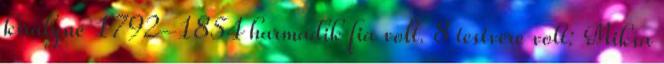
királyné 1792–1854 harmadik fia volt. 8 testvére volt: Miksa